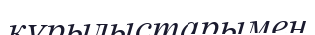
құрылыстарымен